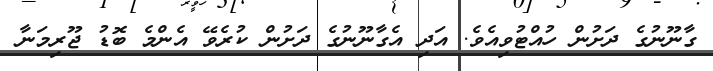
ގާނޫނުގެ ދަށުން ހުއްޓުވިއެވެ. އަދި އެގާނޫނުގެ ދަށުން ކުރެވޭ އެންމެ ބޮޑު ޖޫރިމަނާ